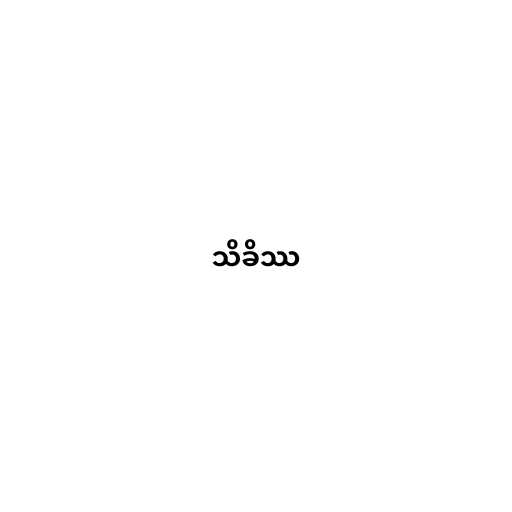
သိခိဿ